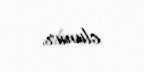
olunur.